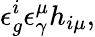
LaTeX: \epsilon_{g}^{i}\epsilon_{\gamma}^{\mu}h_{i\mu},